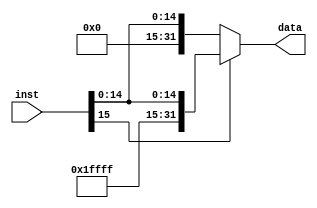
`timescale 1ns / 1ps
//////////////////////////////////////////////////////////////////////////////////
// Company: 
// Engineer: 
// 
// Design Name: 
// Module Name: signext
// Project Name: 
// Target Devices: 
// Tool Versions: 
// Description: 
// 
// Dependencies: 
// 
// Revision:
// Revision 0.01 - File Created
// Additional Comments:
// 
//////////////////////////////////////////////////////////////////////////////////


module signext(
    input [15:0] inst,
    output  [31:0] data
    );
    assign data= inst[15]?{16'hffff,inst}:{16'h0000,inst};
endmodule